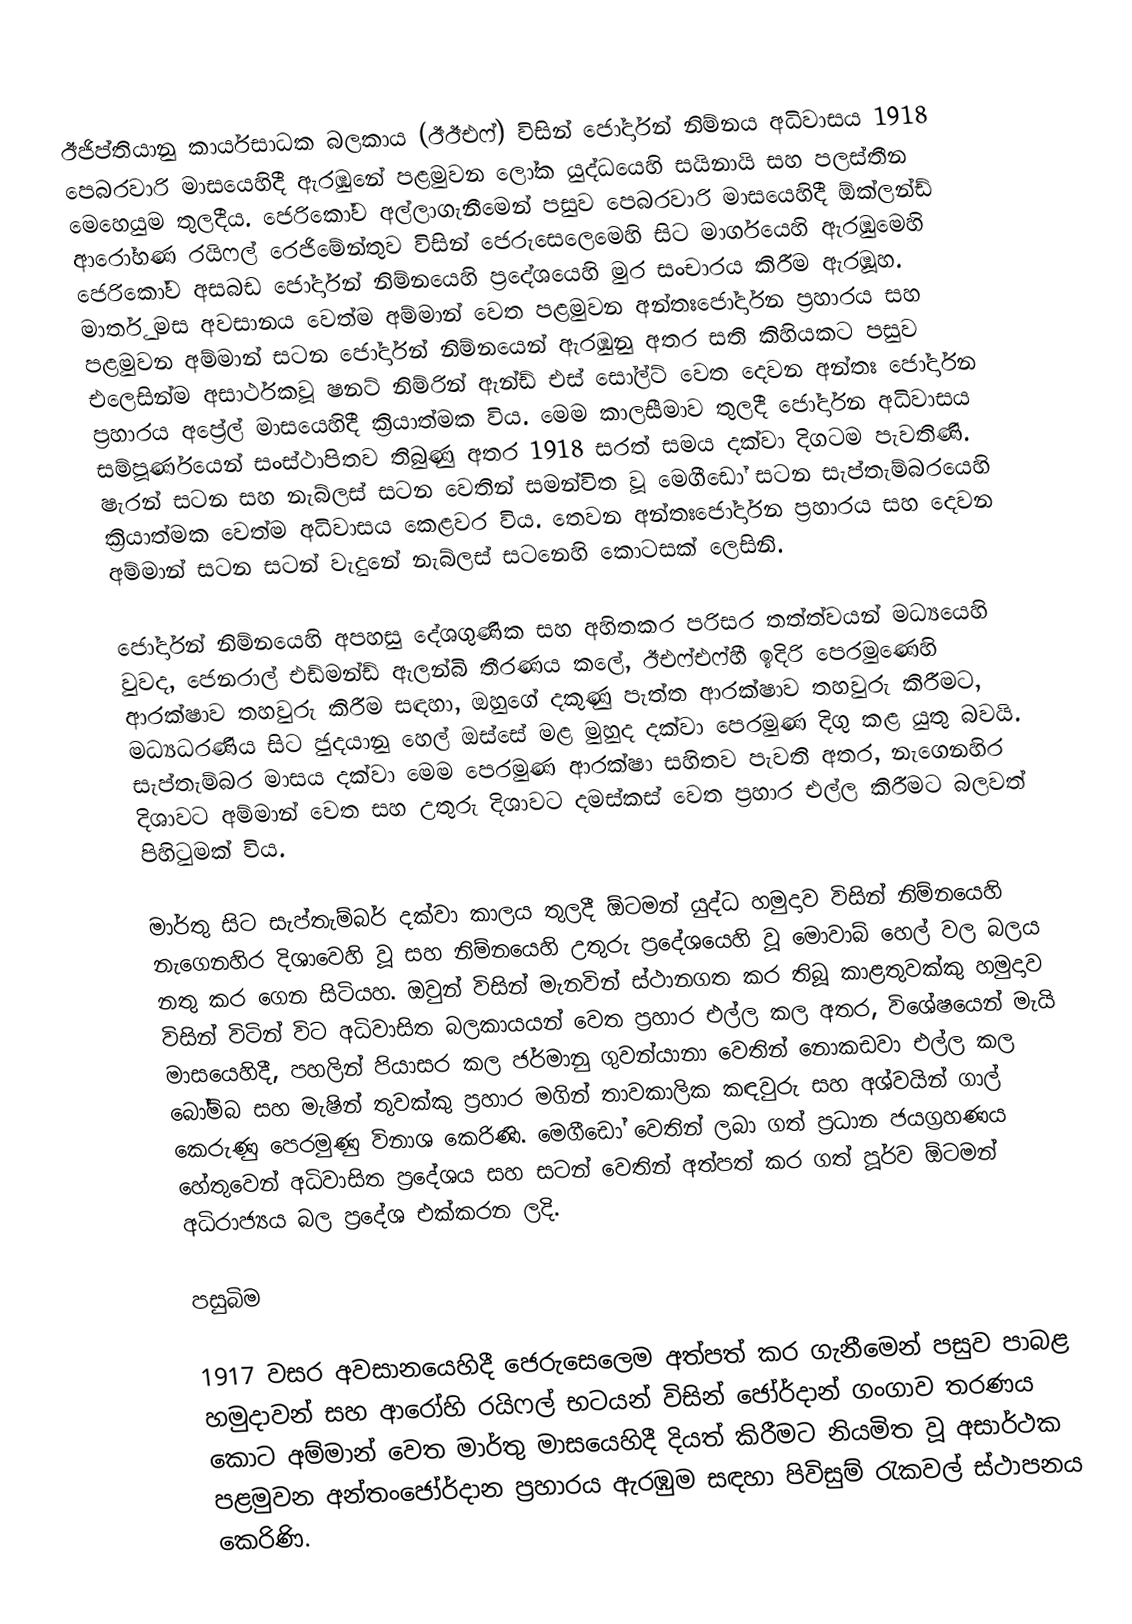
ඊජිප්තියානු කාර්යසාධක බලකාය (ඊඊඑෆ්) විසින් ජෝර්දාන් නිම්නය අධිවාසය 1918 පෙබරවාරි මාසයෙහිදී ඇරඹුනේ පළමුවන ලෝක යුද්ධයෙහි  සයිනායි සහ පලස්තීන මෙහෙයුම තුලදීය. ජෙරිකෝව අල්ලාගැනීමෙන් පසුව පෙබරවාරි මාසයෙහිදී ඕක්ලන්ඩ් ආරෝහණ රයිෆල් රෙජිමේන්තුව විසින් ජෙරුසෙලෙමෙහි සිට මාර්ගයෙහි ඇරඹුමෙහි ජෙරිකෝව අසබඩ ජෝර්දාන් නිම්නයෙහි ප්‍රදේශයෙහි මුර සංචාරය කිරීම ඇරඹූහ. මාර්තු මස අවසානය වෙත්ම අම්මාන් වෙත පළමුවන අන්තඃජෝර්දාන ප්‍රහාරය සහ පළමුවන අම්මාන් සටන ජෝර්දාන් නිම්නයෙන් ඇරඹුනු අතර සති කිහියකට පසුව එලෙසින්ම අසාර්ථකවූ ෂනට් නිම්රින් ඇන්ඩ් එස් සෝල්ට් වෙත දෙවන අන්තඃ ජෝර්දාන ප්‍රහාරය අප්‍රේල් මාසයෙහිදී ක්‍රියාත්මක විය. මෙම කාලසීමාව තුලදී ජෝර්දාන අධිවාසය සම්පූර්ණයෙන් සංස්ථාපිතව තිබුණු අතර 1918 සරත් සමය දක්වා දිගටම පැවතිණි. ෂැරන් සටන සහ නැබ්ලස් සටන වෙතින් සමන්විත වූ මෙගීඩෝ සටන සැප්තැම්බරයෙහි ක්‍රියාත්මක වෙත්ම අධිවාසය කෙළවර විය. තෙවන අන්තඃජෝර්දාන ප්‍රහාරය සහ දෙවන අම්මාන් සටන සටන් වැදුනේ නැබ්ලස් සටනෙහි කොටසක් ලෙසිනි.

ජෝර්දාන් නිම්නයෙහි අපහසු දේශගුණික සහ අහිතකර පරිසර තත්ත්වයන් මධ්‍යයෙහි වුවද, ජෙනරාල් එඩ්මන්ඩ් ඇලන්බි තීරණය කලේ, ඊඑෆ්එෆ්හී ඉදිරි පෙරමුණෙහි ආරක්ෂාව තහවුරු කිරීම සඳහා, ඔහුගේ  දකුණු පැත්ත ආරක්ෂාව තහවුරු කිරීමට, මධ්‍යධරණිය සිට ජුදයානු හෙල් ඔස්සේ මළ මුහුද දක්වා පෙරමුණ දිගු කළ යුතු බවයි. සැප්තැම්බර මාසය දක්වා මෙම පෙරමුණ ආරක්ෂා සහිතව පැවති අතර, නැගෙනහිර දිශාවට අම්මාන් වෙත සහ උතුරු දිශාවට දමස්කස් වෙත ප්‍රහාර එල්ල කිරීමට බලවත් පිහිටුමක් විය.

මාර්තු සිට සැප්තැම්බර් දක්වා කාලය තුලදී ඕටමන් යුද්ධ හමුදාව විසින් නිම්නයෙහි නැගෙනහිර දිශාවෙහි වූ සහ නිම්නයෙහි උතුරු ප්‍රදේශයෙහි වූ මොවාබ් හෙල් වල බලය නතු කර ගෙන සිටියහ. ඔවුන් විසින් මැනවින් ස්ථානගත කර තිබූ කාළතුවක්කු හමුදාව විසින් විටින් විට අධිවාසිත බලකායයන් වෙත ප්‍රහාර එල්ල කල අතර, විශේෂයෙන් මැයි මාසයෙහිදී,  පහලින් පියාසර කල ජර්මානු ගුවන්යානා වෙතින් නොකඩවා එල්ල කල බෝම්බ සහ මැෂින් තුවක්කු ප්‍රහාර මගින් තාවකාලික කඳවුරු සහ අශ්වයින් ගාල් කෙරුණු පෙරමුණු විනාශ කෙරිණි. මෙගීඩෝ වෙතින් ලබා ගත් ප්‍රධාන ජයග්‍රහණය හේතුවෙන් අධිවාසිත ප්‍රදේශය සහ සටන් වෙතින් අත්පත් කර ගත් පූර්ව ඕටමන් අධිරාජ්‍යය බල ප්‍රදේශ එක්කරන ලදි.

පසුබිම

1917 වසර අවසානයෙහිදී ජෙරුසෙලෙම අත්පත් කර ගැනීමෙන් පසුව පාබළ හමුදාවන් සහ ආරෝහි රයිෆල් භටයන් විසින්  ජෝර්දාන් ගංගාව තරණය කොට අම්මාන් වෙත මාර්තු මාසයෙහිදී දියත් කිරීමට නියමිත වූ අසාර්ථක පළමුවන අන්තංජෝර්දාන ප්‍රහාරය ඇරඹුම සඳහා  පිවිසුම් රැකවල් ස්ථාපනය කෙරිණි.